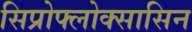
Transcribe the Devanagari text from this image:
सिप्रोफ्लोक्सासिन